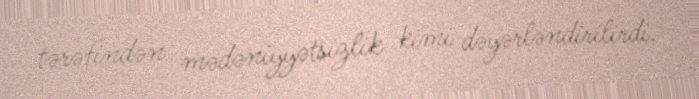
tərəfindən mədəniyyətsizlik kimi dəyərləndirilirdi.